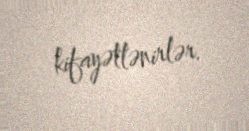
kifayətlənirlər.